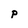
Character: p